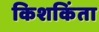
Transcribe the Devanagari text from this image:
किशकिंता